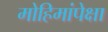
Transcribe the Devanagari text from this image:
मोहिमांपेक्षा